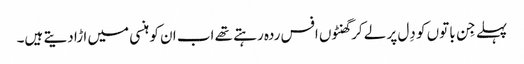
پہلے جِن باتوں کو دِل پر لے کر گھنٹوں افس ردہ رہتے تھے اب ا ن کو ہنسی میں ا ڑا دیتے ہیں۔